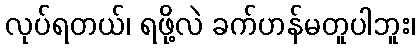
လုပ်ရတယ်၊ ရဖို့လဲ ခက်ဟန်မတူပါဘူး၊